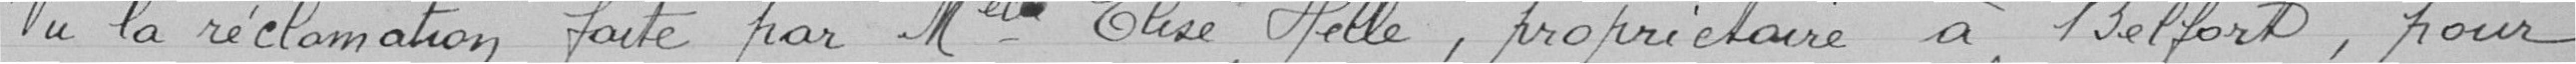
Vu la réclamation faite par Melle Elise HELLE, propriétaire à Belfort, pour